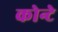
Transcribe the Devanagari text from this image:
कोन्टे